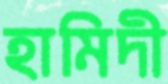
হামিদী